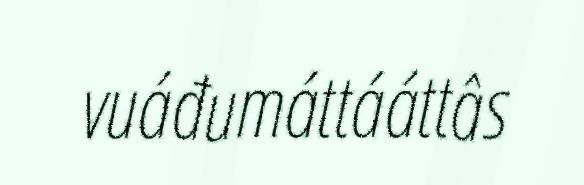
vuáđumáttááttâs